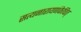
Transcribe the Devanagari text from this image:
सत्यनारायणंकेचित्